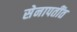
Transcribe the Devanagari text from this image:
सेनापतींत